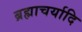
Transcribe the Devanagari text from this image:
ब्रह्माचर्यादि